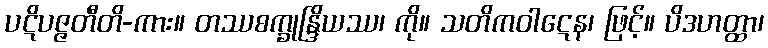
ပဋိပဇ္ဇတီတိ-ကား။ တဿစက္ခုန္ဒြိယဿ၊ ကို။ သတိကဝါဋေန၊ ဖြင့်။ ပိဒဟတ္ထာ၊